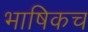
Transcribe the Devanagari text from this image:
भाषिकच